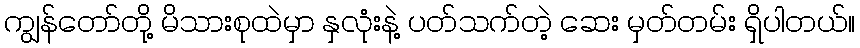
ကျွန်တော်တို့ မိသားစုထဲမှာ နှလုံးနဲ့ ပတ်သက်တဲ့ ဆေး မှတ်တမ်း ရှိပါတယ်။